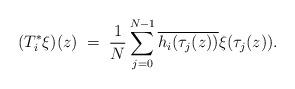
LaTeX: \begin{align*}(T_i^{\ast}\xi)(z)\;=\;\frac{1}{N}\sum_{j=0}^{N-1}\overline{h_i(\tau_j(z))}\xi(\tau_j(z)). \end{align*}